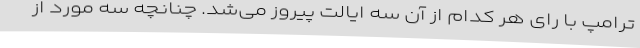
ترامپ با رای هر کدام از آن سه ایالت پیروز می‌شد. چنانچه سه مورد از